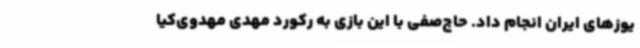
یوزهای ایران انجام داد. حاج‌صفی با این بازی به رکورد مهدی‌ مهدوی‌کیا